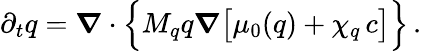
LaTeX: \partial_{t}q=\boldsymbol\nabla\cdot\Bigl\{ M_{q}q\boldsymbol\nabla\bigl[\mu_{0}(q)+\chi_{q}\, c\bigr]\Bigr\} \, .